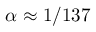
\alpha \approx 1 / 1 3 7